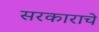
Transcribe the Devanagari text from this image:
सरकाराचे